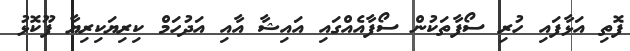
ފޮތި އަޅާފައި ހުރި ސޯފާތަކުން ސޯފާއެއްގައި އައިޝާ އާއި އަދުހަމް ކިރިޔަކިރިޔާ ފޫކޮޅު